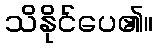
သိနိုင်ပေ၏။